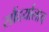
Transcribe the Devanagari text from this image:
सौंदर्यालाच